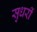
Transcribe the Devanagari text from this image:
सुधरीं